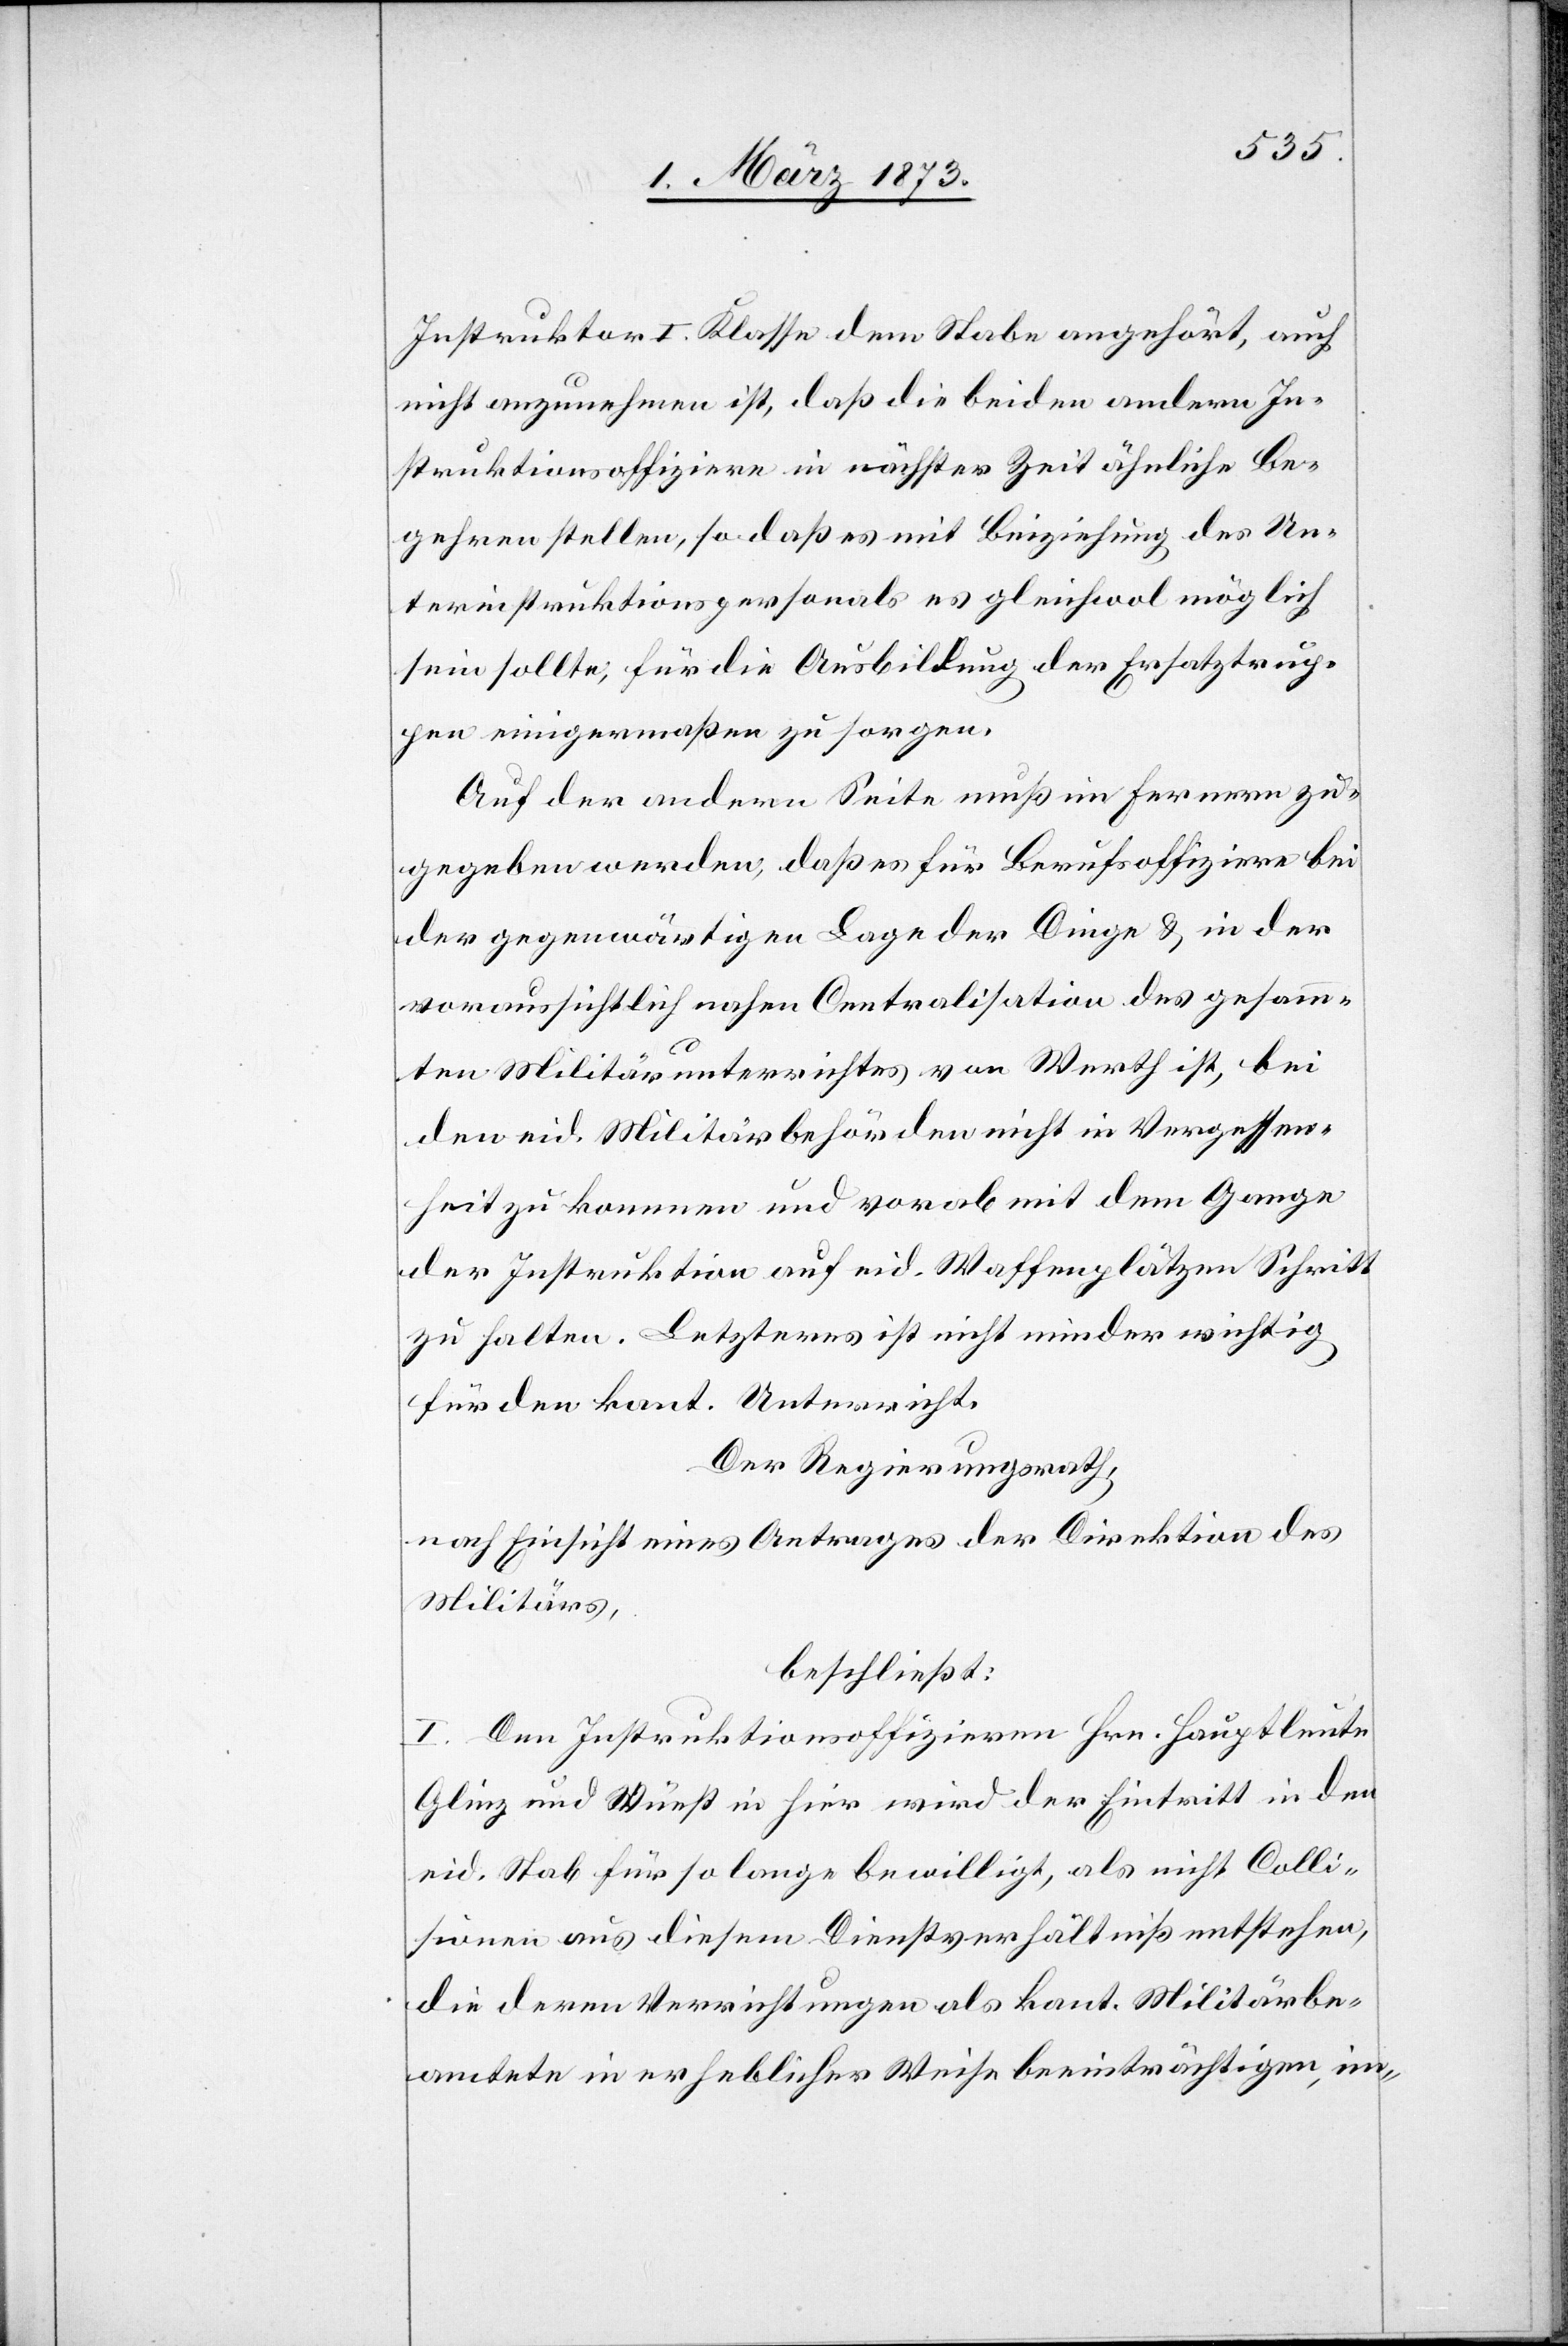
Instruktor I. Klasse dem Stabe angehört, auch
nicht anzunehmen ist, daß die beiden andern In¬
struktionsoffiziere in nächster Zeit ähnliche Be¬
gehren stellen, so daß es mit Beiziehung des Un¬
terinstruktionspersonals es gleichwol möglich
sein sollte, für die Ausbildung der Ersatztrup¬
pen einigermaßen zu sorgen.
Auf der andern Seite muß im Fernern zu¬
gegeben werden, daß es der Dinge u. in der
voraussichtlich nahen Centralisation des gesamm¬
ten Militärunterrichtes von Werth ist, bei
den eid. Militärbehörden nicht in Vergessen¬
heit zu kommen und vorab mit dem Gange
der Instruktion auf eid. Waffenplätzen Schritt
zu halten. Letzteres ist nicht minder wichtig
für den kant. Unterricht.
Der Regierungsrath,
nach Einsicht eines Antrages der Direktion des
Militärs,
beschließt:
I. Den Instruktionsoffizieren Hrn. Hauptleute
Glinz und Wüest in hier wird der Eintritt in den
eid. Stab für so lange bewilligt, als nicht Colli¬
sionen aus diesem Dienstverhältniß entstehen,
die deren Verrichtungen als kant. Militärbe¬
amtete in erheblicher Weise beeinträchtigen, im-